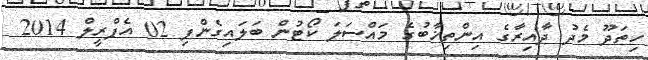
ހިތަދޫ މެދު ދާއިރާގެ އިންތިޚާބުގެ މައްސަލަ ކޯޓުން ބަލައިގެންފި 02 އެޕްރީލް 2014